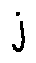
j